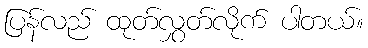
ပြန်လည် ထုတ်လွှတ်လိုက် ပါတယ်။